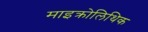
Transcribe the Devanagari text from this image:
माइक्रोलिथिक